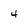
Character: 4